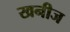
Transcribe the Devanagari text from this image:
खनीज